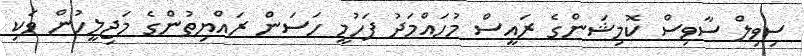
ސިވިލް ސާވިސް ކޮމިޝަންގެ ރައީސް މުހައްމަދު ފަހުމީ ހަސަން ރައްޔިތުންގެ މަޖިލީހުން ވަކި